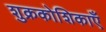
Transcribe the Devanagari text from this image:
शुक्रकोशिकाएँ